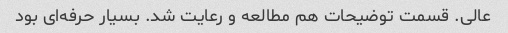
عالی. قسمت توضیحات هم مطالعه و رعایت شد. بسیار حرفه‌ای بود